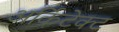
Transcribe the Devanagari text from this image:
अर्किटेक्ट